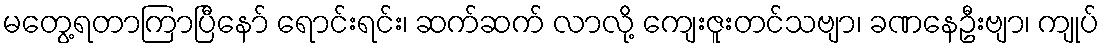
မတွေ့ရတာကြာပြီနော် ရောင်းရင်း၊ ဆက်ဆက် လာလို့ ကျေးဇူးတင်သဗျာ၊ ခဏနေဦးဗျာ၊ ကျုပ်